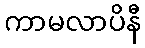
ကာမလာပိနီ